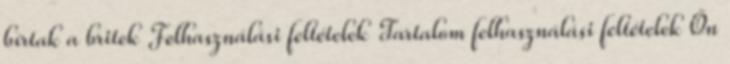
bírtak a britek Felhasználási feltételek Tartalom felhasználási feltételek Ön